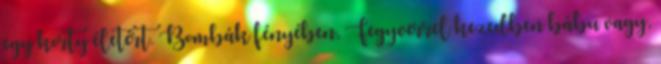
egy korty életért. Bombák fényében, Fegyverrel kezedben bábu vagy,